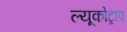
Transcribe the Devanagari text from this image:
ल्यूकोट्राप